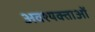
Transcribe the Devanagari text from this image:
अवश्यक्ताओं